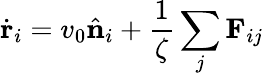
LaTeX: \dot{\mathbf{r}}_{i}=v_{0}\hat{\mathbf{n}}_{i}+\frac{1}{\zeta}\sum_{j}\mathbf{F}_{ij}